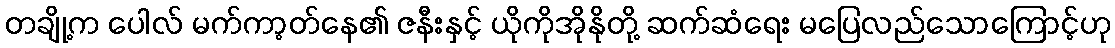
တချို့က ပေါလ် မက်ကာ့တ်နေ၏ ဇနီးနှင့် ယိုကိုအိုနိုတို့ ဆက်ဆံရေး မပြေလည်သောကြောင့်ဟု